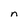
Character: n